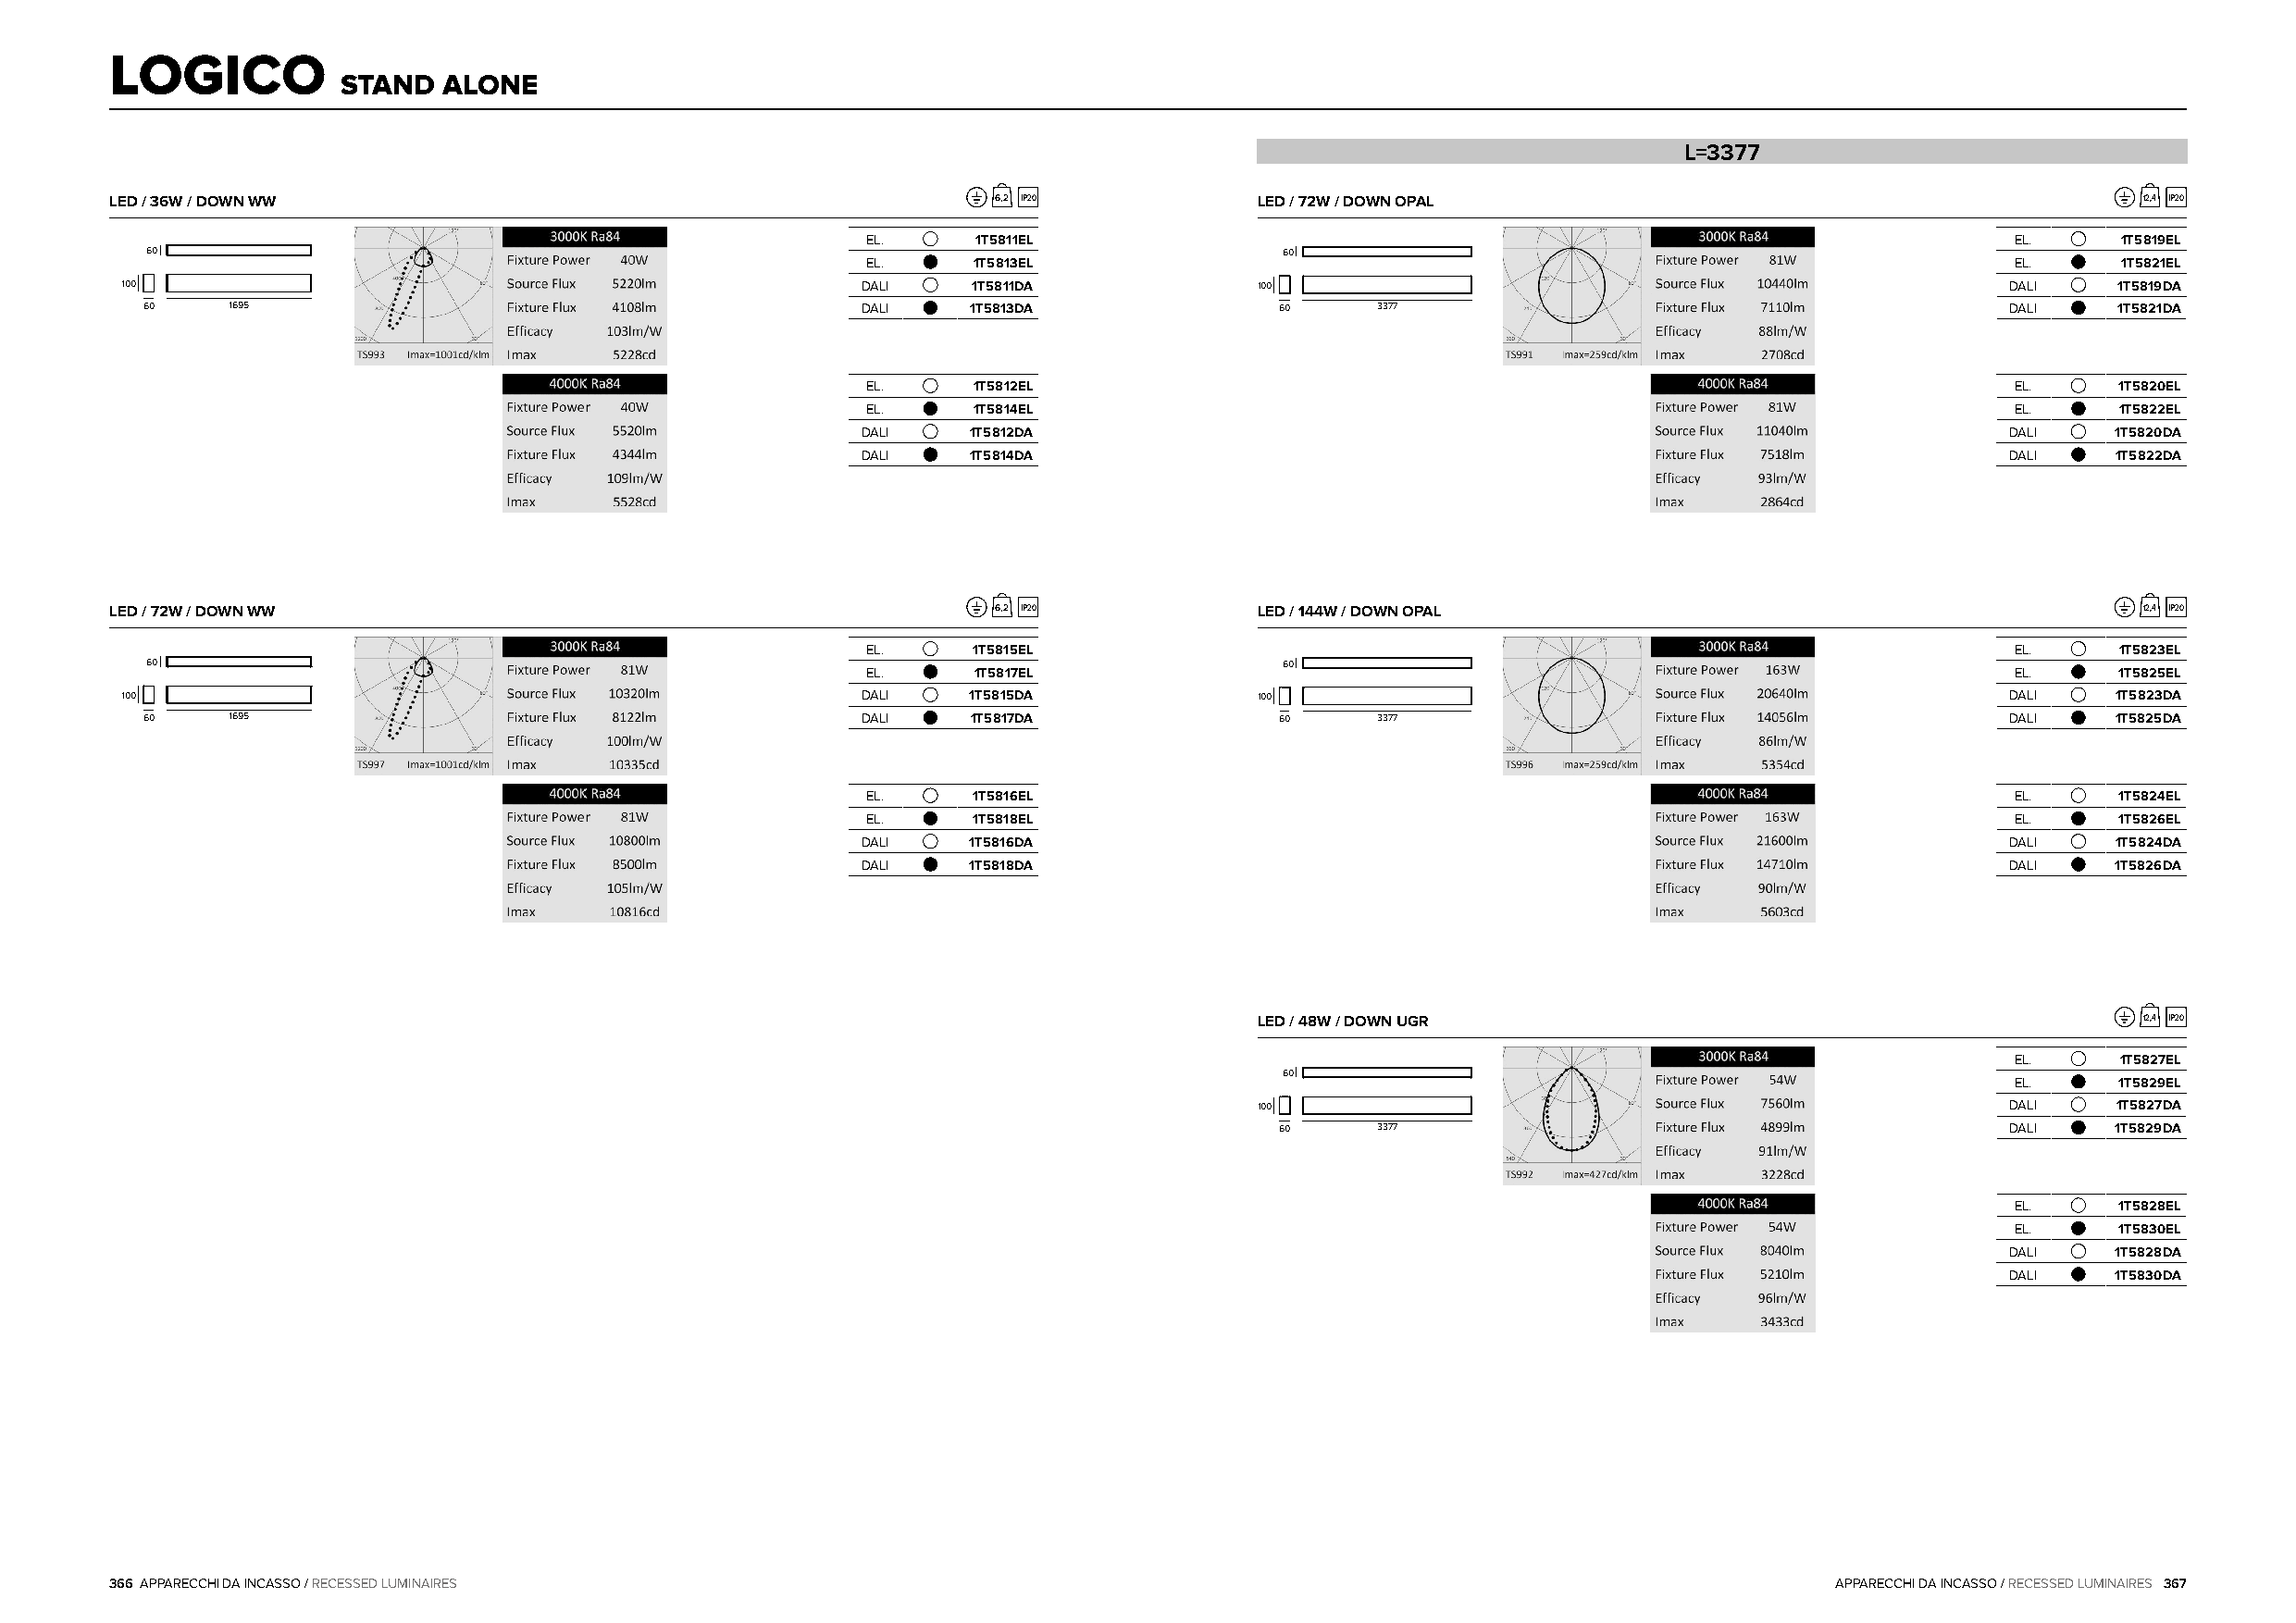
LOGICO
 STAND   ALONE
 L=3377
 LED / 36W / DOWN WW                                            6,2 IP20           LED / 72W / DOWN OPAL                                          12,4 IP20
 EL.     1T5811EL                                                                  EL.     1T5819EL
 60                                                                                60
 EL.     1T5813EL                                                                  EL.     1T5821EL
 100                                                  DALI    1T5811DA            100                                                   DALI   1T5819DA
 60    1695                                          DALI   1T5813DA              60     3377                                          DALI   1T5821DA
 EL.     1T5812EL                                                                  EL.     1T5820EL
 EL.     1T5814EL                                                                  EL.     1T5822EL
 DALI   1T5812DA                                                                   DALI   1T5820DA
 DALI   1T5814DA                                                                   DALI   1T5822DA
 LED / 72W / DOWN WW                                            6,2 IP20           LED / 144W / DOWN OPAL                                         12,4 IP20
 EL.     1T5815EL                                                                  EL.     1T5823EL
 60                                                                                60
 EL.     1T5817EL                                                                  EL.     1T5825EL
 100                                                  DALI   1T5815DA             100                                                   DALI   1T5823DA
 60    1695                                          DALI   1T5817DA              60     3377                                          DALI   1T5825DA
 EL.     1T5816EL                                                                  EL.     1T5824EL
 EL.     1T5818EL                                                                  EL.     1T5826EL
 DALI   1T5816DA                                                                   DALI   1T5824DA
 DALI   1T5818DA                                                                   DALI   1T5826DA
 LED / 48W / DOWN UGR                                           12,4 IP20
 EL.     1T5827EL
 60
 EL.     1T5829EL
 100                                                   DALI   1T5827DA
 60     3377                                          DALI   1T5829DA
 EL.     1T5828EL
 EL.     1T5830EL
 DALI   1T5828DA
 DALI   1T5830DA
 366 APPARECCHI DA INCASSO / RECESSED LUMINAIRES                                                                            APPARECCHI DA INCASSO / RECESSED LUMINAIRES 367